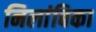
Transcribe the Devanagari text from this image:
निलांबिका